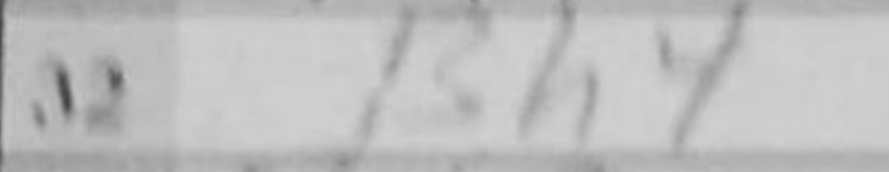
Transcription: Bh4